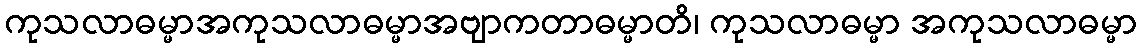
ကုသလာဓမ္မာအကုသလာဓမ္မာအဗျာကတာဓမ္မာတိ၊ ကုသလာဓမ္မာ အကုသလာဓမ္မာ